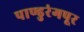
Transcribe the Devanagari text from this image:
पाण्डुरंगपूर